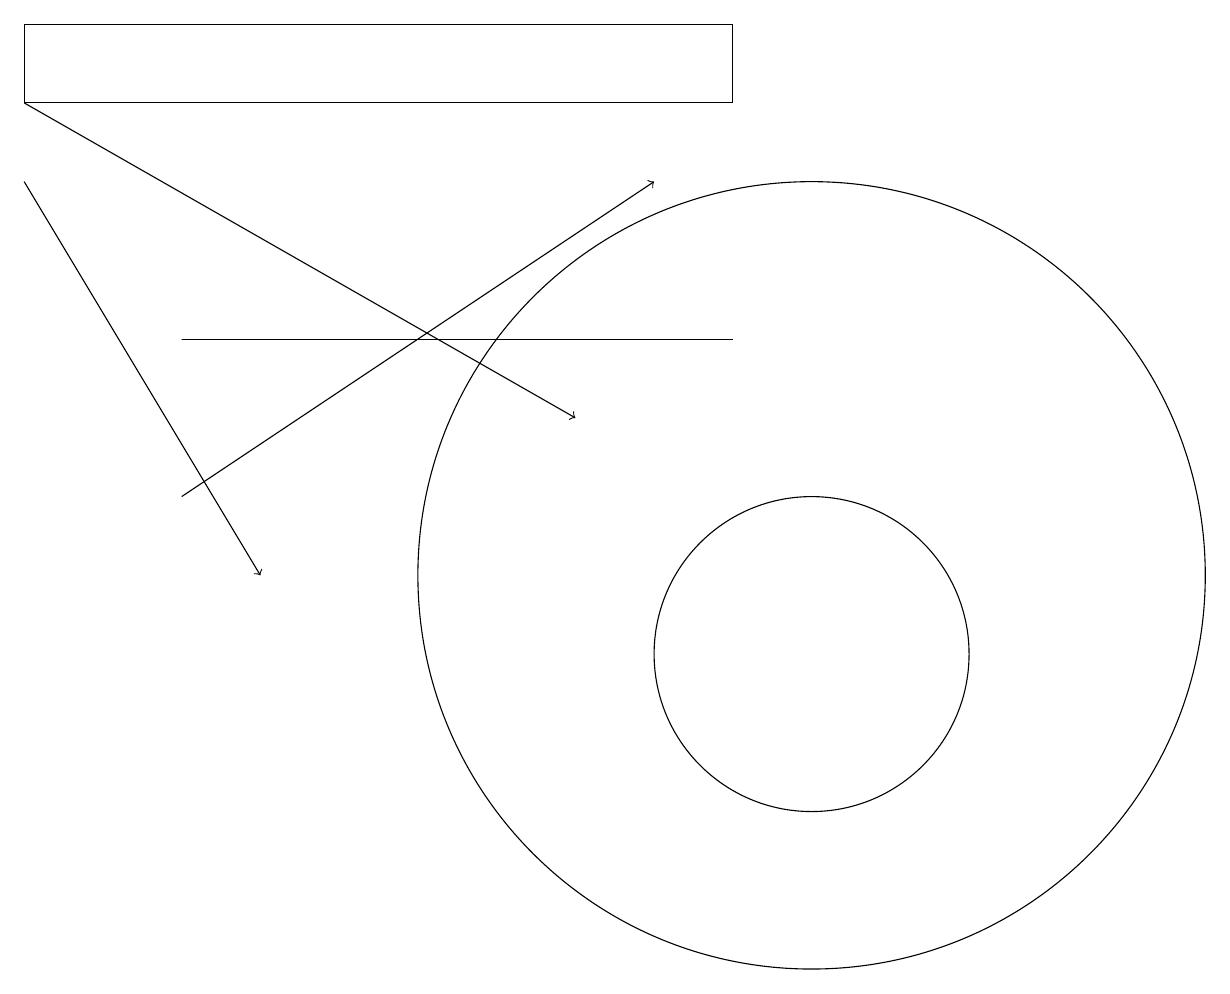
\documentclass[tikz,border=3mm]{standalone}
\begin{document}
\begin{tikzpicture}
\draw (0,18) rectangle (9,17);
\draw[->] (2,12) -- (8,16);
\draw[->] (0,17) -- (7,13);
\draw (10,10) circle (2);
\draw (10,11) circle (5);
\draw[->] (0,16) -- (3,11);
\draw (2,14) rectangle (9,14);
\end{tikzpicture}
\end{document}